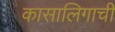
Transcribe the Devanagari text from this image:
कासालिगाची